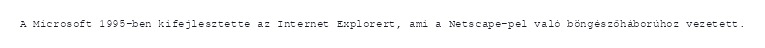
A Microsoft 1995-ben kifejlesztette az Internet Explorert, ami a Netscape-pel való böngészőháborúhoz vezetett.